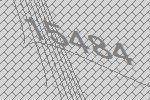
15484